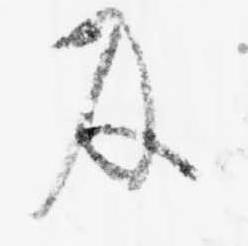
及